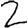
Digit: 2